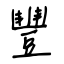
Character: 豐